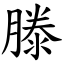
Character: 滕